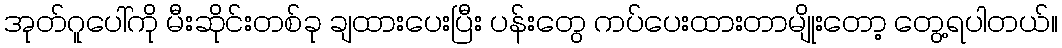
အုတ်ဂူပေါ်ကို မီးဆိုင်းတစ်ခု ချထားပေးပြီး ပန်းတွေ ကပ်ပေးထားတာမျိုးတော့ တွေ့ရပါတယ်။